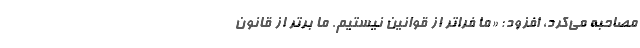
مصاحبه می‌کرد، افزود: «ما فراتر از قوانین نیستیم. ما برتر از قانون